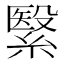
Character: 繄